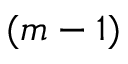
( m - 1 )